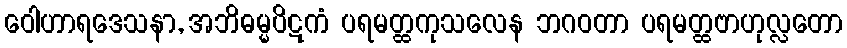
ဝေါဟာရဒေသနာ, အဘိဓမ္မပိဋကံ ပရမတ္ထကုသလေန ဘဂဝတာ ပရမတ္ထဗာဟုလ္လတော